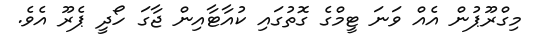
މިގްރޫޕުން އެއް ވަނަ ޓީމްގެ ގޮތުގައި ކުއާޓާއިން ޖާގަ ހޯދީ ޕެރޫ އެވެ.